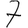
Digit: 7